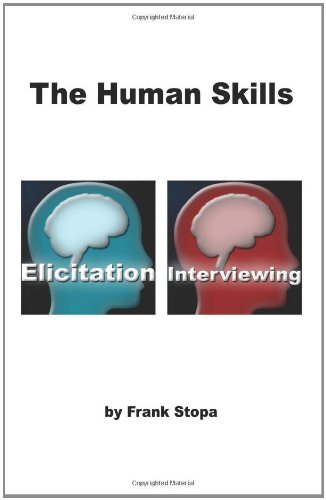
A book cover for The Human Skills: Elicitation and Interviewing; Frank Stopa; Law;